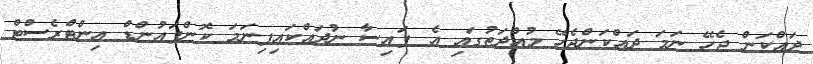
ދައްކަން ޖެހޭ ނަމަ ދައްކަންޖެހޭ މުއްދަތުގައި އެ ފައިސާ ނުދައްކައިފިނަމަ ކޮންޕައުންޑް އިންޓްރެސްޓް